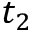
t _ { 2 }